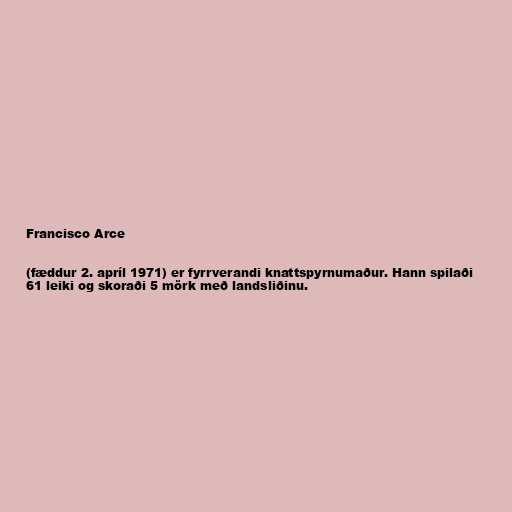
Francisco Arce

(fæddur 2. apríl 1971) er fyrrverandi knattspyrnumaður. Hann spilaði
61 leiki og skoraði 5 mörk með landsliðinu.